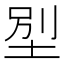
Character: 𡋾